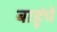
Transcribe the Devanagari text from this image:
बाहूंचे